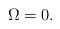
LaTeX: \begin{align*} \Omega=0.\end{align*}